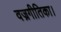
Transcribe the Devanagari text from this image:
वज्रगीतिका।